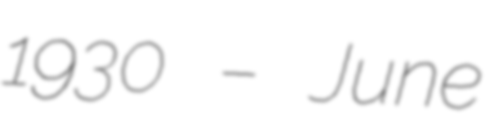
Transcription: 1930 – June